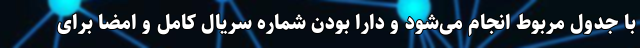
با جدول مربوط انجام می‌شود و دارا بودن شماره سریال کامل و امضا برای